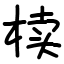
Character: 椟